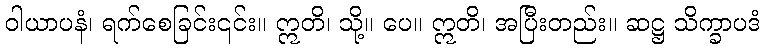
ဝါယာပနံ၊ ရက်စေခြင်း၎င်း။ ဣတိ၊ သို့။ ပေ။ ဣတိ၊ အပြီးတည်း။ ဆဋ္ဌ သိက္ခာပဒံ